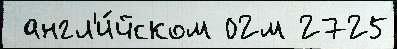
 англ'и́йском 02м 2725